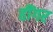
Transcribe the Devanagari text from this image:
हींगर